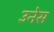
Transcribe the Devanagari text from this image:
उनेस